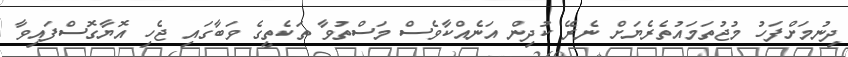
ދިނުމަށްފަހު މުޖުތަމައުތެރެޔަށް ނެރޭ ކުދިން އަނެއްކާވެސް މަސްތުވާ ތަކެތީގެ ވަބާގައި ޖެހި އޮޔާގޮސްފައިވާ